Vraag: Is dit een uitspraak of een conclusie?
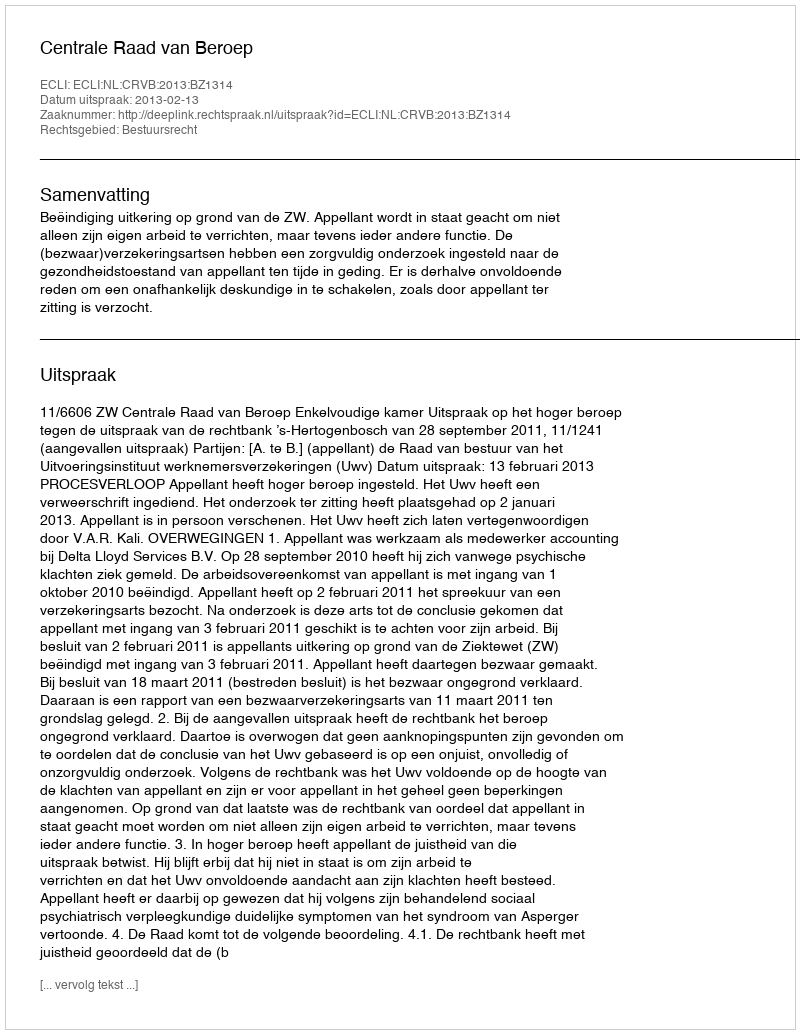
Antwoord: Uitspraak